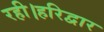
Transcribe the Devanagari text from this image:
रही।हरिद्वार